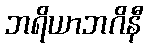
ဘရိယာဘဂိနီ